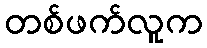
တစ်ဖက်လူက